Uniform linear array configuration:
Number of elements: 32
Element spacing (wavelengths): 1
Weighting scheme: uniform
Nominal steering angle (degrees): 30
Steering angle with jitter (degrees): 28.449
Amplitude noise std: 0.05
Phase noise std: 0.05

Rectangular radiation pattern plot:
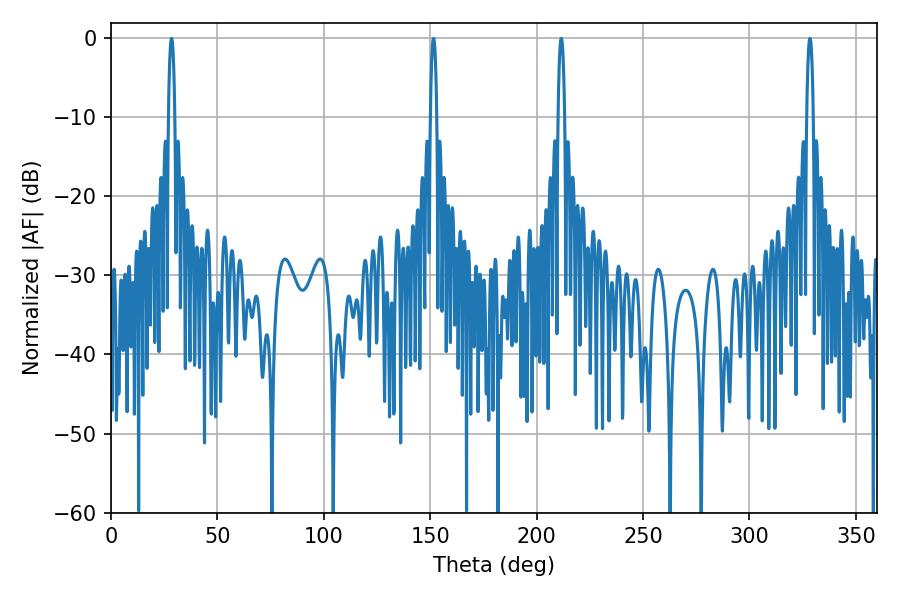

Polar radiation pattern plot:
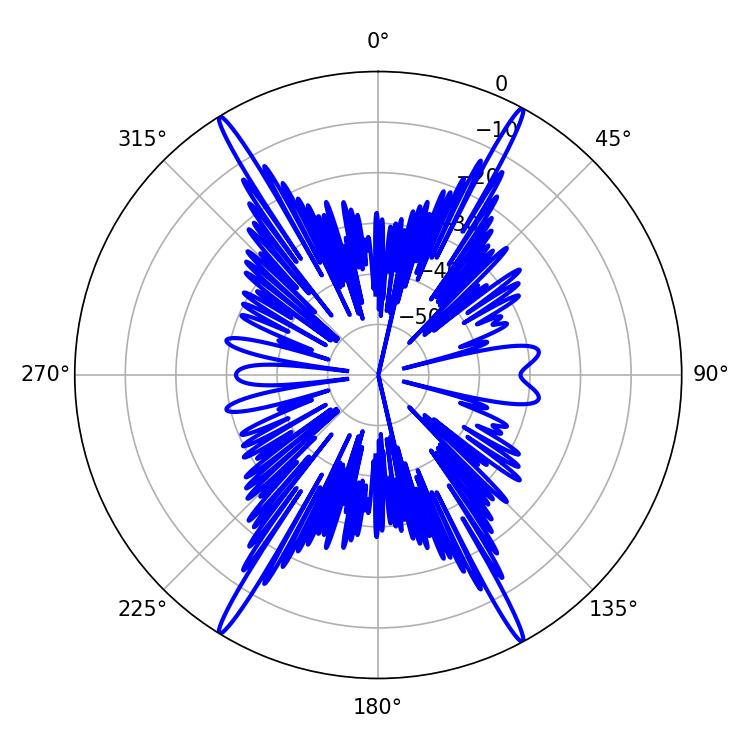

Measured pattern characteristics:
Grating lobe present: TRUE
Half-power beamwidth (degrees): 1.62
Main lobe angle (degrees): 28.44